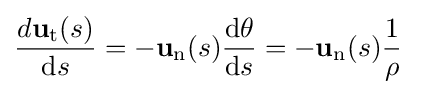
{\frac {d\mathbf {u} _{\mathrm {t} }(s)}{\mathrm {d} s}}=-\mathbf {u} _{\mathrm {n} }(s){\frac {\mathrm {d} \theta }{\mathrm {d} s}}=-\mathbf {u} _{\mathrm {n} }(s){\frac {1}{\rho }}\